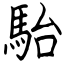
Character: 駘